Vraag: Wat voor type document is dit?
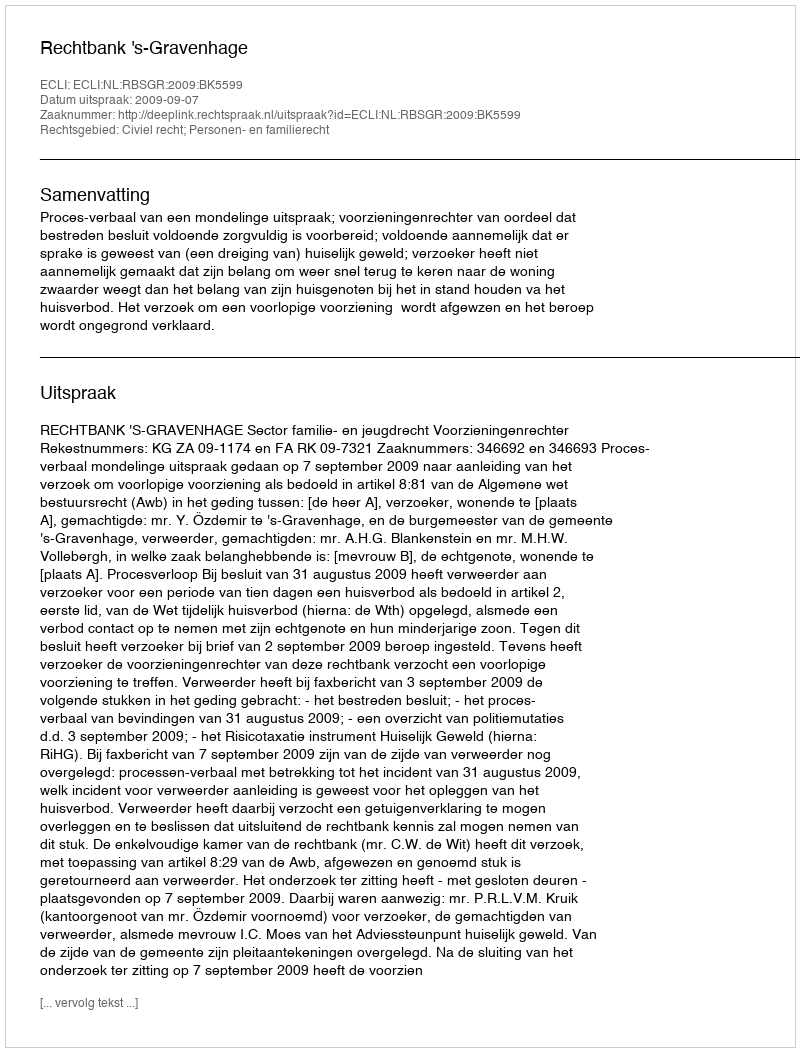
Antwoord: Uitspraak